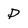
Character: p